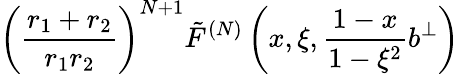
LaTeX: \left(\frac{r_{1}+r_{2}}{r_{1}r_{2}}\right)^{N+1}\tilde{F}^{(N)}\left(x,\xi,\frac{1-x}{1-\xi^{2}}b^{\perp}\right)